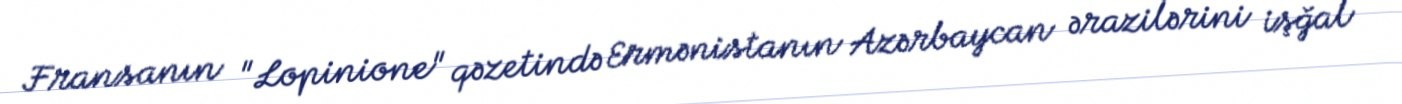
Fransanın "Lopinione" qəzetində Ermənistanın Azərbaycan ərazilərini işğal